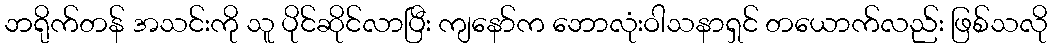
ဘရိုက်တန် အသင်းကို သူ ပိုင်ဆိုင်လာပြီး ကျနော်က ဘောလုံးဝါသနာရှင် တယောက်လည်း ဖြစ်သလို